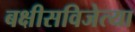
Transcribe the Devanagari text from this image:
बक्षीसविजेत्या